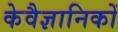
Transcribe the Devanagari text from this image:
केवैज्ञानिकों